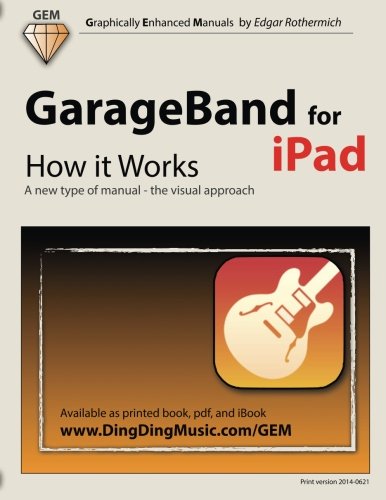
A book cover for GarageBand for iPad - How it Works: A new type of manual - the visual approach (Graphically Enhanced Manuals); Edgar Rothermich; Computers & Technology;